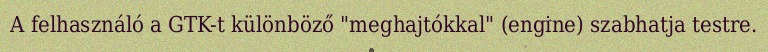
A felhasználó a GTK-t különböző "meghajtókkal" (engine) szabhatja testre.